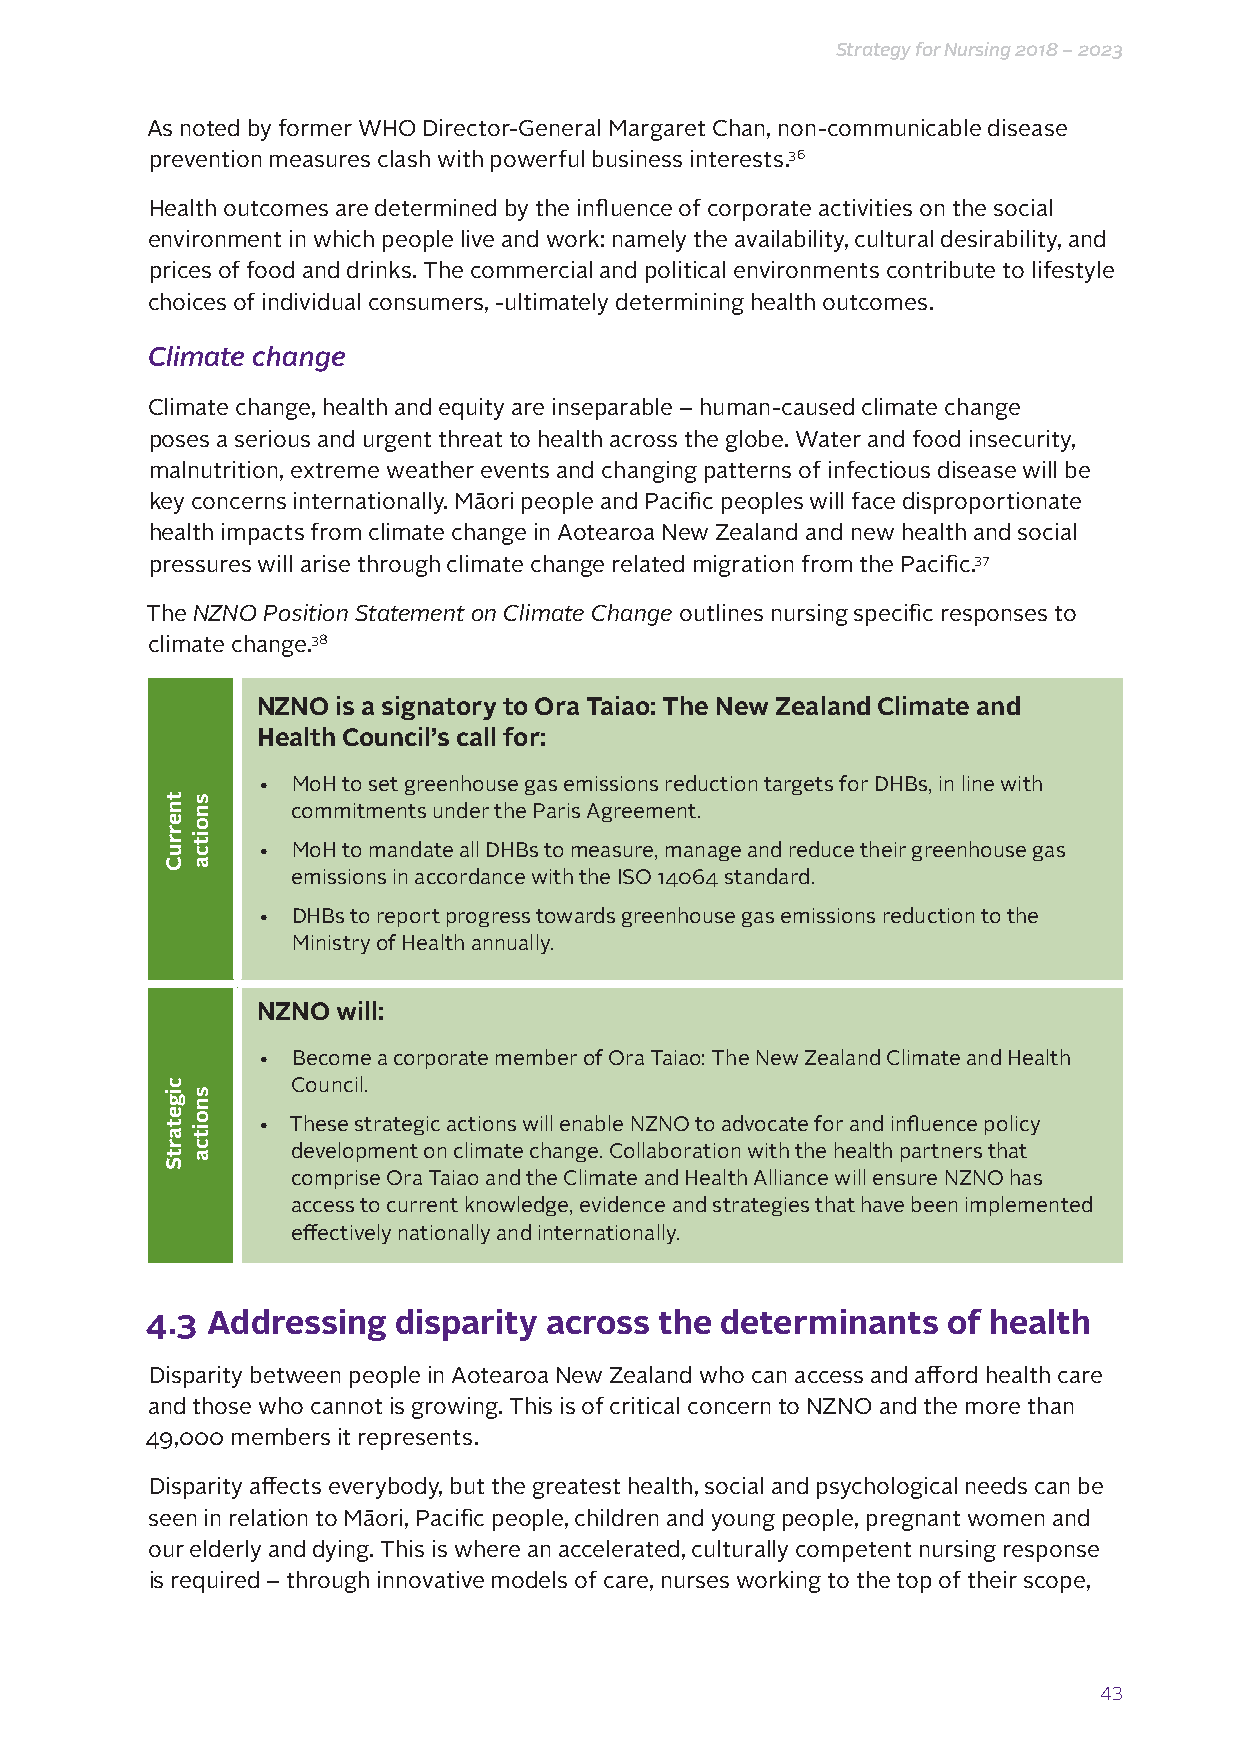
Strategy for Nursing 2018 – 2023
 As noted by former WHO Director-General Margaret Chan, non-communicable disease
 prevention measures clash with powerful business interests.36
 Health outcomes are determined by the influence of corporate activities on the social
 environment in which people live and work: namely the availability, cultural desirability, and
 prices of food and drinks. The commercial and political environments contribute to lifestyle
 choices of individual consumers, -ultimately determining health outcomes.
 Climate change
 Climate change, health and equity are inseparable – human-caused climate change
 poses a serious and urgent threat to health across the globe. Water and food insecurity,
 malnutrition, extreme weather events and changing patterns of infectious disease will be
 key concerns internationally. Māori people and Pacific peoples will face disproportionate
 health impacts from climate change in Aotearoa New Zealand and new health and social
 pressures will arise through climate change related migration from the Pacific.37
 The NZNO Position Statement on Climate Change outlines nursing specific responses to
 climate change.38
 NZNO is a signatory to Ora Taiao: The New Zealand Climate and
 Health Council’s call for:
 • MoH to set greenhouse gas emissions reduction targets for DHBs, in line with
 commitments under the Paris Agreement.
 • MoH to mandate all DHBs to measure, manage and reduce their greenhouse gas
 emissions in accordance with the ISO 14064 standard.
 • DHBs to report progress towards greenhouse gas emissions reduction to the
 Ministry of Health annually.
 NZNO will:
 • Become a corporate member of Ora Taiao: The New Zealand Climate and Health
 Council.
 • These strategic actions will enable NZNO to advocate for and influence policy
 development on climate change. Collaboration with the health partners that
 comprise Ora Taiao and the Climate and Health Alliance will ensure NZNO has
 access to current knowledge, evidence and strategies that have been implemented
 effectively nationally and internationally.
 4.3 Addressing  disparity across  the determinants   of health
 Disparity between people in Aotearoa New Zealand who can access and afford health care
 and those who cannot is growing. This is of critical concern to NZNO and the more than
 49,000 members it represents.
 Disparity affects everybody, but the greatest health, social and psychological needs can be
 seen in relation to Māori, Pacific people, children and young people, pregnant women and
 our elderly and dying. This is where an accelerated, culturally competent nursing response
 is required – through innovative models of care, nurses working to the top of their scope,
 43
 tnerruC
 cigetartS
 snoitca
 snoitca